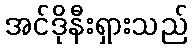
အင်ဒိုနီးရှားသည်